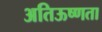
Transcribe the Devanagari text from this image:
अतिऊष्णता